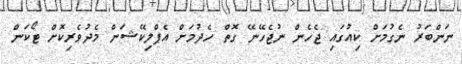
ނަންބަރު ނެގުމަށް ކިއުގައި ޖެހެން ނުޖެހޭނޭ ގޮތް ހެދުމަށް އެޕްލިކޭޝަން މެދުވެރިކޮށް ޓޯކަން